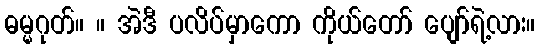
ဓမ္မဂုတ်။ ။ အဲဒီ ပလိပ်မှာကော ကိုယ်တော် ပျော်ရဲ့လား။